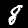
Label: 8